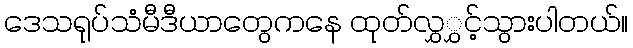
ဒေသရုပ်သံမီဒီယာတွေကနေ ထုတ်လွှွှင့်သွားပါတယ်။